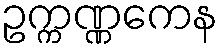
ဥက္ကဏ္ဏကေန